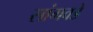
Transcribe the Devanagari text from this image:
सांगवडे